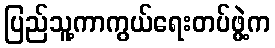
ပြည်သူ့ကာကွယ်ရေးတပ်ဖွဲ့က